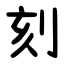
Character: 刻